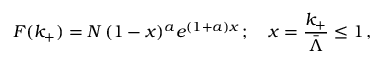
F ( k _ { + } ) = N \, ( 1 - x ) ^ { a } e ^ { ( 1 + a ) x } \, ; \quad x = \frac { k _ { + } } { \bar { \Lambda } } \le 1 \, ,